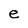
Character: e